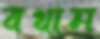
বখাম